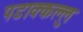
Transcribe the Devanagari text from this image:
पडाक्कल्लु